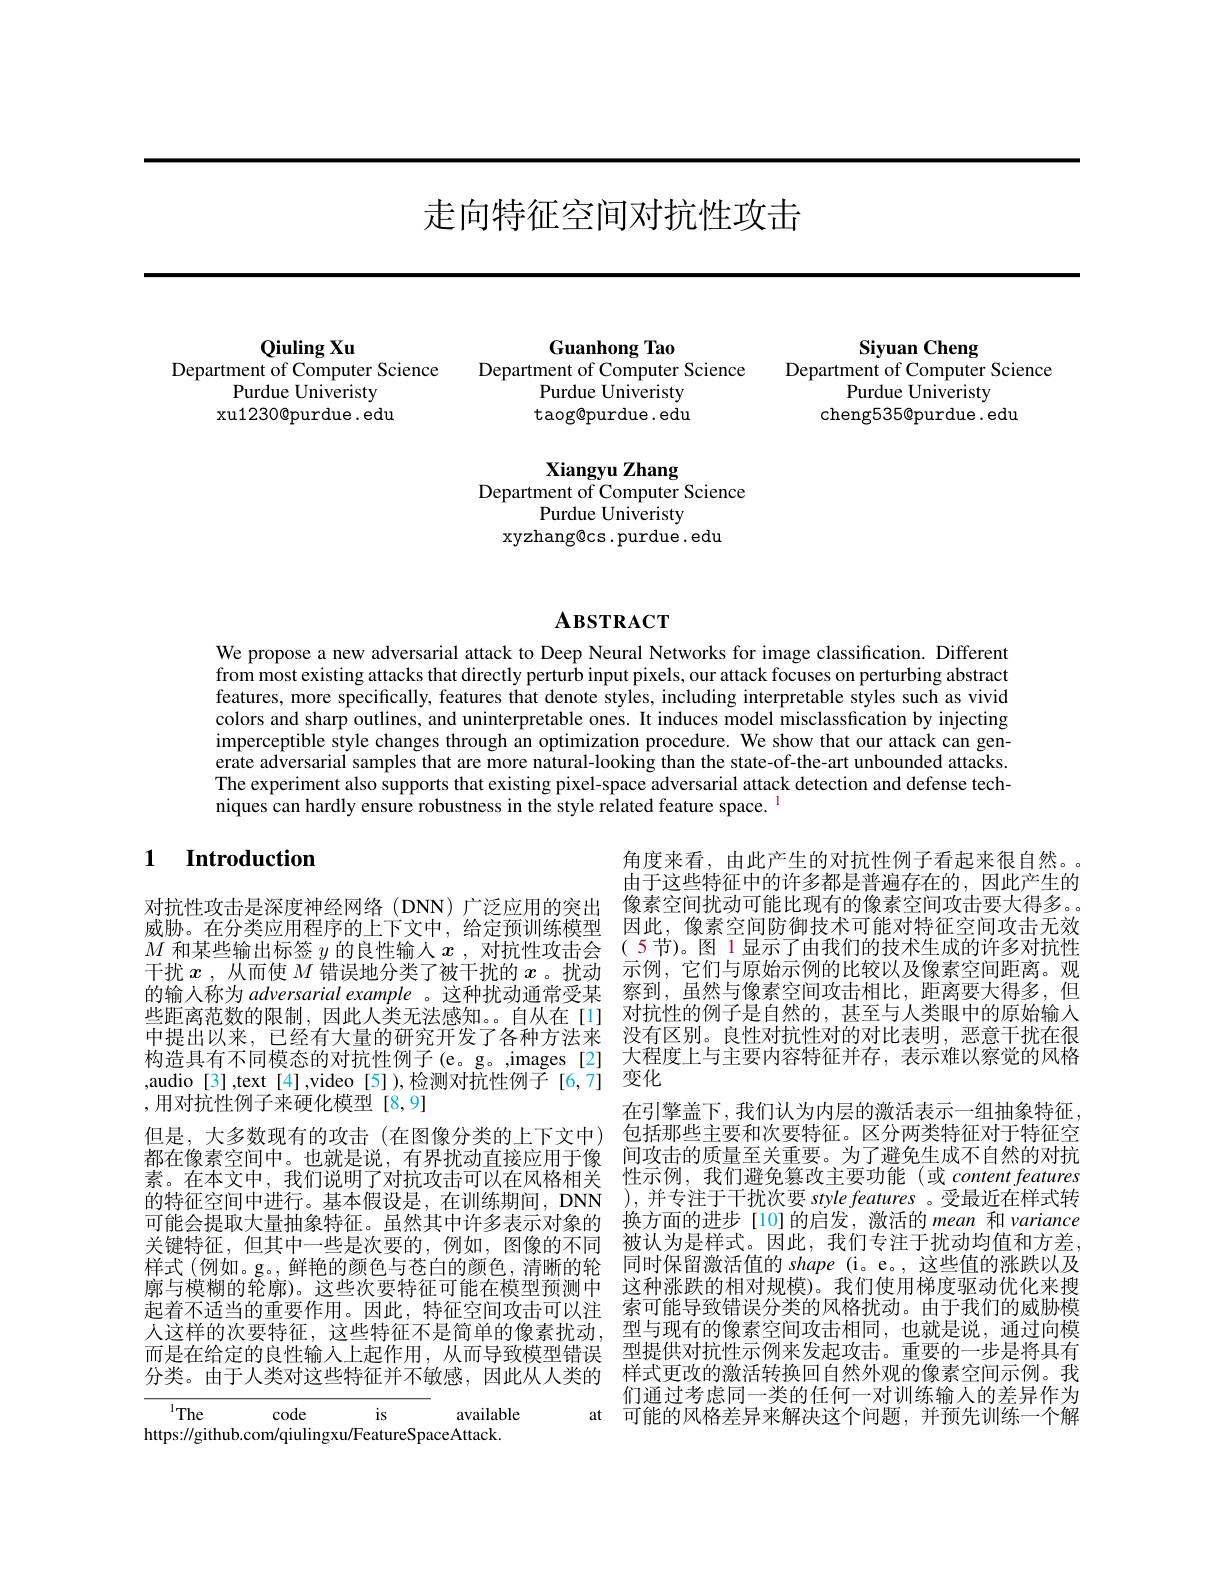
走向特征空间对抗性攻击

Siyuan Cheng
Department of Computer Science
Purdue Univeristy
cheng535@purdue. edu

Qiuling Xu
Department of Computer Science
Purdue Univeristy xu1230@purdue. edu

Guanhong Tao

Department of Computer Science

Purdue Univeristy

taog@purdue. edu

Xiangyu Zhang
Department of Computer Science
Purdue Univeristy
xyzhang@cs.purdue. edu

# $\mathbf{A}$взткаст

We propose a new adversarial attack to Deep Neural Networks for image classification. Different from most existing attacks that directly perturb input pixels, our attack focuses on perturbing abstract features, more specifically, features that denote styles, including interpretable styles such as vivid colors and sharp outlines, and uninterpretable ones. It induces model misclassfication by injecting imperceptible style changes through an optimization procedure. We show that our attack can generate adversarial samples that are more natural-looking than the state-of-the-art unbounded attacks. The experiment also supports that existing pixel-space adversarial attack detection and defense techniques can hardly ensure robustness in the style related feature space. $^{\mathrm{l}}$

## 1 Introduction

角度来看，由此产生的对抗性例子看起来很自然。由于这些特征中的许多都是普遍存在的，因此产生的像素空间扰动可能比现有的像素空间攻击要大得多。因此，像素空间防御技术可能对特征空间攻击无效( 5节)。图 1 显示了由我们的技术生成的许多对抗性示例，它们与原始示例的比较以及像素空间距离。观察到，虽然与像素空间攻击相比，距离要大得多，但对抗性的例子是自然的，甚至与人类眼中的原始输入没有区别。良性对抗性对的对比表明，恶意干扰在很
构造具有不同模态的对抗性例子(e。g。,images[2] 大程度上与主要内容特征并存，表示难以察觉的风格
变化
在引擎盖下，我们认为内层的激活表示一组抽象特征。包括那些主要和次要特征。区分两类特征对于特征空间攻击的质量至关重要。为了避免生成不自然的对抗性示例，我们避免篡改主要功能(或contentfeatures ),并专注于干扰次要 style features 。受最近在样式转换方面的进步[10]的启发，激活的 mean 和 variance 被认为是样式。因此，我们专注于扰动均值和方差。同时保留激活值的 shape (i。e。,这些值的涨跌以及这种涨跌的相对规模)。我们使用梯度驱动优化来搜索可能导致错误分类的风格扰动。由于我们的威胁模型与现有的像素空间攻击相同，也就是说，通过向模型提供对抗性示例来发起攻击。重要的一步是将具有样式更改的激活转换回自然外观的像素空间示例。我们通过考虑同一类的任何一对训练输入的差异作为可能的风格差异来解决这个问题，并预先训练一个解

对抗性攻击是深度神经网络(DNN)广泛应用的突出威胁。在分类应用程序的上下文中，给定预训练模型$M$和某些输出标签$y$的良性输入$x$ ,对抗性攻击会干扰$x$ ,从而使$M$错误地分类了被干扰的$x$ 。扰动的输入称为 adversarial example 。这种扰动通常受某些距离范数的限制，因此人类无法感知。自从在[1] 中提出以来，已经有大量的研究开发了各种方法来,audio[3],text[4],video[5]),检测对抗性例子[6,7] ,用对抗性例子来硬化模型[8,9]
但是，大多数现有的攻击(在图像分类的上下文中) 都在像素空间中。也就是说，有界扰动直接应用于像素。在本文中，我们说明了对抗攻击可以在风格相关的特征空间中进行。基本假设是，在训练期间，DNN 可能会提取大量抽象特征。虽然其中许多表示对象的关键特征，但其中一些是次要的，例如，图像的不同样式(例如。g。,鲜艳的颜色与苍白的颜色，清晰的轮$\bar{\text{廓与模糊的轮廓)。这些次要特征可能在模型预测中}}$ 起着不适当的重要作用。因此，特征空间攻击可以注人这样的次要特征，这些特征不是简单的像素扰动， 而是在给定的良性输入上起作用，从而导致模型错误分类。由于人类对这些特征并不敏感，因此从人类的

at

$^{1}$The
is
code
available
https://github.com/qiulingxu/FeatureSpaceAttack.